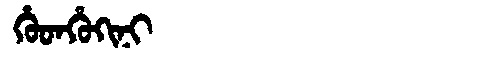
Manchu: ᡥᡠᡨᡥᡠᡴᡳᠨᡳ
Romanization: HUTHUKINI